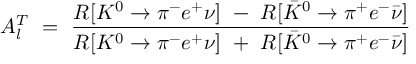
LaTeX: A _ { l } ^ { T } \ = \ \frac { R [ K ^ { 0 } \to \pi ^ { - } e ^ { + } \nu ] \ - \ R [ \bar { K } ^ { 0 } \to \pi ^ { + } e ^ { - } \bar { \nu } ] } { R [ K ^ { 0 } \to \pi ^ { - } e ^ { + } \nu ] \ + \ R [ \bar { K } ^ { 0 } \to \pi ^ { + } e ^ { - } \bar { \nu } ] }